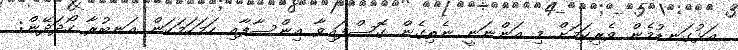
އަޅުގަނޑުމެން ވެރިކަމަށް މި އަންނަނީ ނެތިގެން ގޮސްފައިވާ އިންސާފާއި ހަމަހަމަކަން އަނބުރާ ހޯދަދޭން: